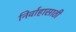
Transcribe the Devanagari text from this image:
निर्वाहासाठी